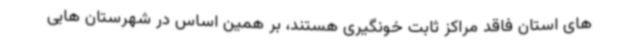
های استان فاقد مراکز ثابت خونگیری هستند، بر همین اساس در شهرستان هایی